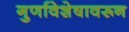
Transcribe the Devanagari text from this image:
गुणविशेषावरून